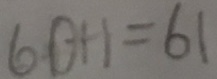
6 0 + 1 = 6 1